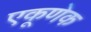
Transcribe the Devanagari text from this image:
एकूणेक